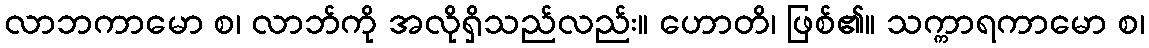
လာဘကာမော စ၊ လာဘ်ကို အလိုရှိသည်လည်း။ ဟောတိ၊ ဖြစ်၏။ သက္ကာရကာမော စ၊